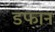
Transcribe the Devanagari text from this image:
डफान